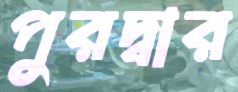
পুরদ্বার